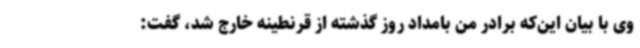
وی با بیان این‌که برادر من بامداد روز گذشته از قرنطینه خارج شد، گفت: